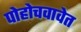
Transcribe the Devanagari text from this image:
पोहोचवावेत